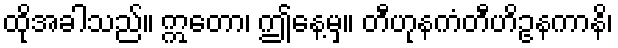
ထိုအခါသည်။ ဣတော၊ ဤနေ့မှ။ တီဟုနကံတီဟိဥနကာနိ၊